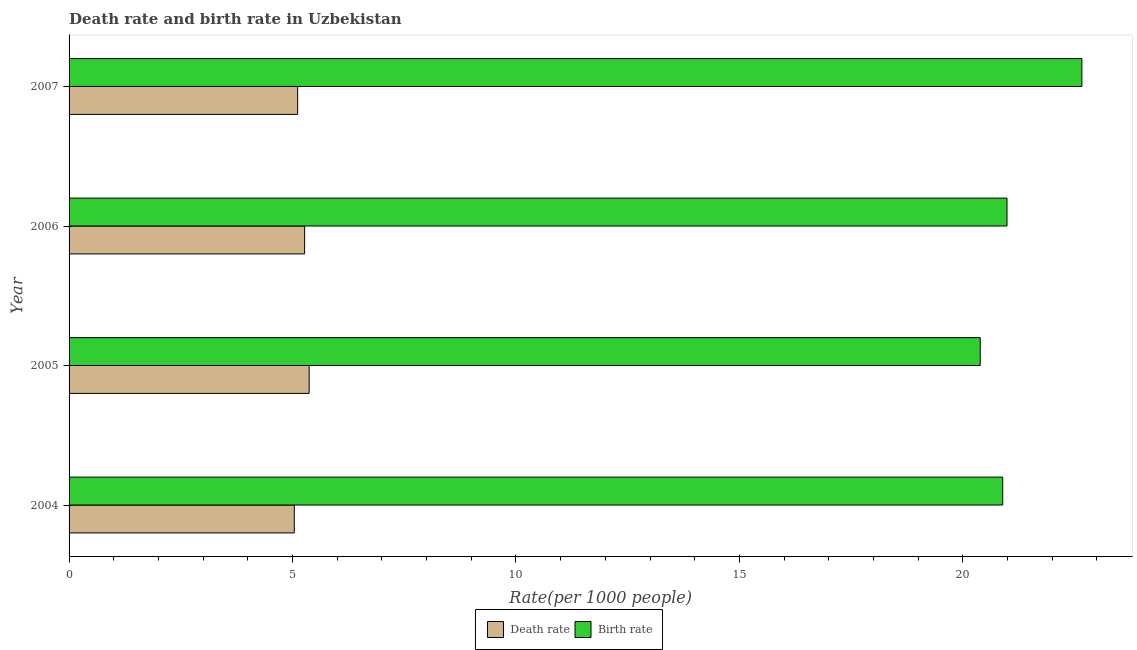
| Year | Death rate | Birth rate |
 | --- | --- | --- |
 | 2004 | 5.04 | 20.9 |
 | 2005 | 5.37 | 20.4 |
 | 2006 | 5.27 | 21 |
 | 2007 | 5.12 | 22.7 |